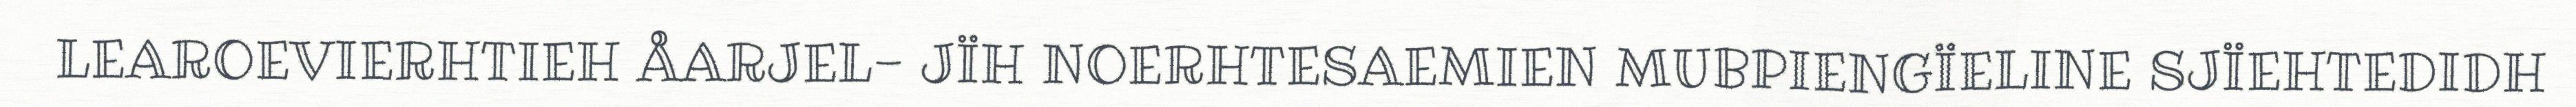
LEAROEVIERHTIEH ÅARJEL- JÏH NOERHTESAEMIEN MUBPIENGÏELINE SJÏEHTEDIDH